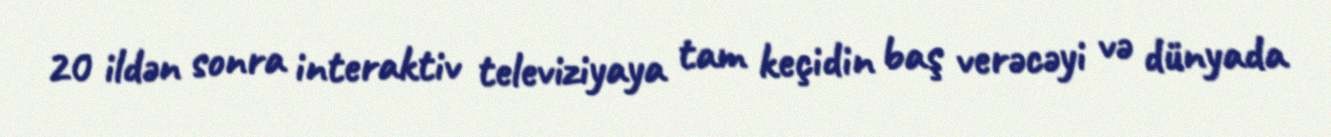
20 ildən sonra interaktiv televiziyaya tam keçidin baş verəcəyi və dünyada